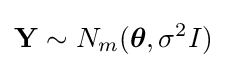
{\mathbf {Y} }\sim N_{m}({\boldsymbol {\theta }},\sigma ^{2}I)